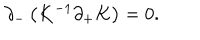
LaTeX: \partial _ { - } \left( K ^ { - 1 } \partial _ { + } K \right) = 0 .